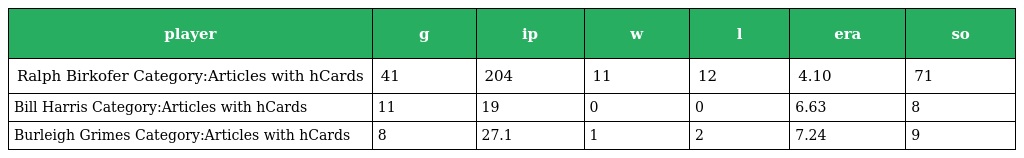
| player | g | ip | w | l | era | so |
 | --- | --- | --- | --- | --- | --- | --- |
 | Ralph Birkofer Category:Articles with hCards | 41 | 204 | 11 | 12 | 4.10 | 71 |
 | Bill Harris Category:Articles with hCards | 11 | 19 | 0 | 0 | 6.63 | 8 |
 | Burleigh Grimes Category:Articles with hCards | 8 | 27.1 | 1 | 2 | 7.24 | 9 |